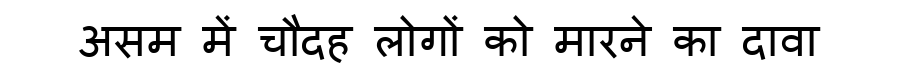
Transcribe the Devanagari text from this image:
असम में चौदह लोगों को मारने का दावा